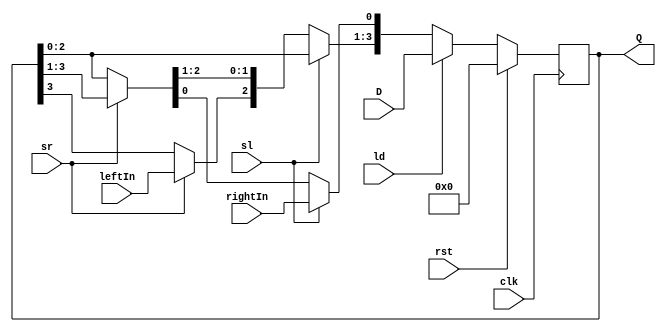
module Div_shift_register #(parameter dataIN_width=4)(
    input clk, rst, sl, sr, ld, leftIn, rightIn,
    input [dataIN_width - 1 : 0] D,
    output reg [dataIN_width - 1 : 0] Q
    );

always @ (posedge clk)
begin
    if (rst)
        Q = 0;
    else if (ld)
        Q = D;
    else if (sl) // Shift Left
        begin
            Q[dataIN_width - 1 : 1] = Q[dataIN_width - 2 : 0];
            Q[0] = rightIn;
        end
    else if (sr) // Shift Right
        begin
            Q[dataIN_width - 2 : 0] = Q[dataIN_width - 1 : 1];
            Q[dataIN_width - 1] = leftIn; 
        end
    else
        Q[dataIN_width - 1 : 0] = Q[dataIN_width - 1 : 0];
end
endmodule